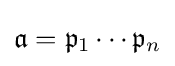
{\mathfrak {a}}={\mathfrak {p}}_{1}\cdots {\mathfrak {p}}_{n}